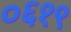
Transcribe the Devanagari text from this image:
०६१९